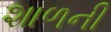
શાળની